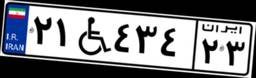
۲۱W۴۳۴۲۳